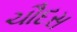
ચૌદસ